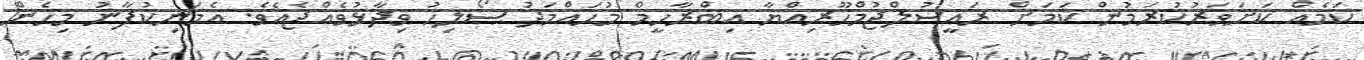
ކަމެއް ކަށަވަރުކުރަމުން ކަމަށް ރައީސުލްޖުމްހޫރިއްޔާ އިބްރާހީމް މުހައްމަދު ސޯލިހު ވިދާޅުވެއްޖެއެވެ. އެމަނިކުފާނު މިހެން